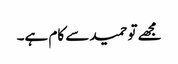
مجھے تو حمید سے کام ہے۔